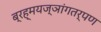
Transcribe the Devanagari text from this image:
ब्रह्मयज्ञांगतर्पण